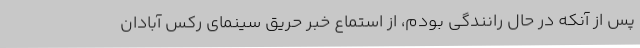
پس از آنکه در حال رانندگی بودم، از استماع خبر حریق سینمای رکس آبادان